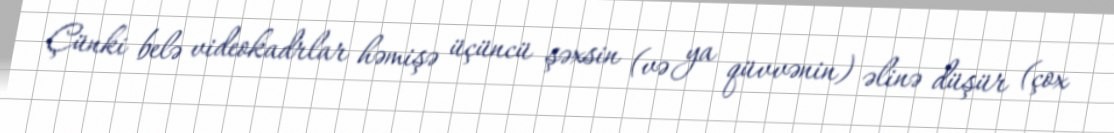
Çünki belə videokadrlar həmişə üçüncü şəxsin (və ya qüvvənin) əlinə düşür (çox